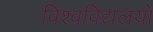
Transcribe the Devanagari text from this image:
विश्वविद्यलयो